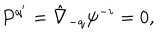
LaTeX: P ^ { q ^ { \prime } } = \hat { \nabla } _ { - q } \psi ^ { - i } = 0 ,